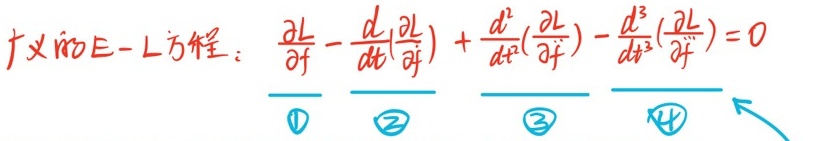
广义的E - L方程：\(\frac{\partial L}{\partial f}-\frac{d}{dt}(\frac{\partial L}{\partial \dot{f}})+\frac{d^{2}}{dt^{2}}(\frac{\partial L}{\partial \ddot{f}})-\frac{d^{3}}{dt^{3}}(\frac{\partial L}{\partial \dddot{f}})=0\) \(\textcircled{1}\quad\textcircled{2}\quad\textcircled{3}\quad\textcircled{4}\quad\nearrow\)